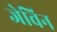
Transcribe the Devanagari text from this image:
जेविन